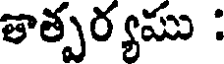
తాత్పర్యము :